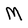
Character: M